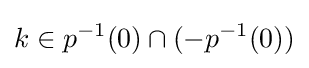
k\in p^{-1}(0)\cap (-p^{-1}(0))